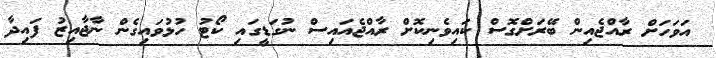
އަވަހަށް ރާއްޖެއިން ބޭރަށްގޮސް ކައިވެނިކޮށް ރާއްޖެއައިސް ނުގަޑީގައި ކޯޓު ހުޅުވައިގެން ނާޖާއިޒު ފައިދާ